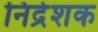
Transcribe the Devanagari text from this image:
निद्रेशक